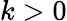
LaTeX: k>0